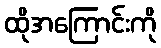
ထိုအကြောင်းကို